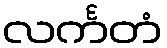
လင်္ကတံ